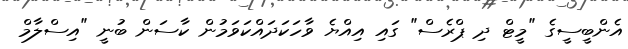
އެންބީސީގެ "މީޓް ދި ޕްރެސް" ގައި އިއްޔެ ވާހަކަދައްކަވަމުން ކާސަން ބުނީ "އިސްލާމް